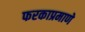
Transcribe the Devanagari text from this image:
फरकाप्रमाणे